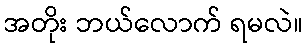
အတိုး ဘယ်လောက် ရမလဲ။